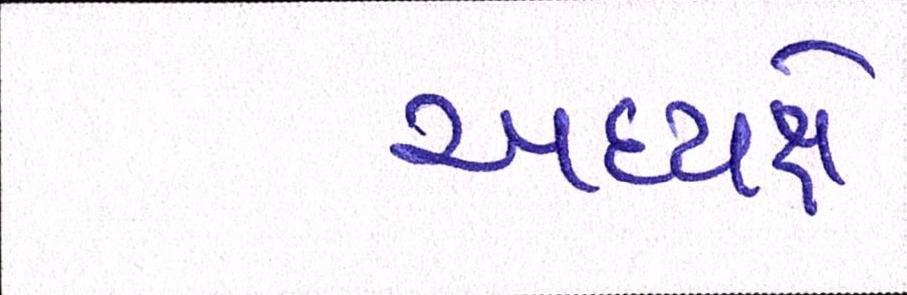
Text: અધ્યક્ષે